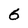
Character: 6